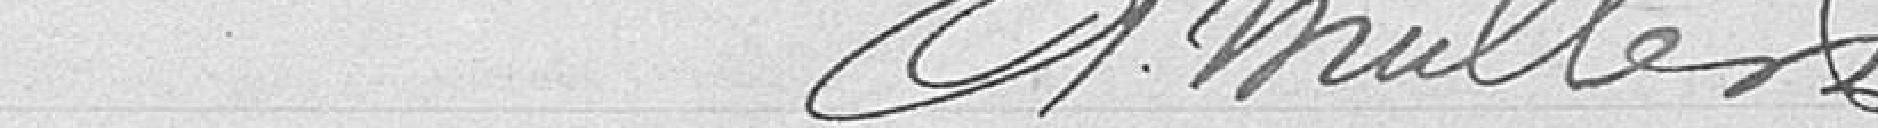
A. Muller